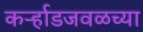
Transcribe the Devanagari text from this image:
कर्ऱ्हाडजवळच्या